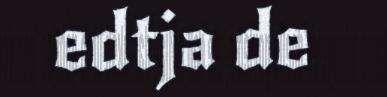
edtja de